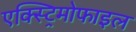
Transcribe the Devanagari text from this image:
एक्स्ट्रिमोफाइल